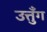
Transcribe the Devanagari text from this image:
उत्तुँग